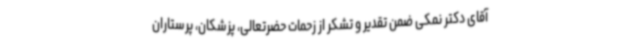
آقای دکتر نمکی ضمن تقدیر و تشکر از زحمات حضرتعالی، پزشکان، پرستاران